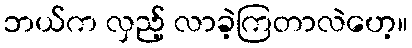
ဘယ်က လှည့် လာခဲ့ကြတာလဲဟေ့။